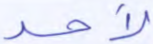
لأحد